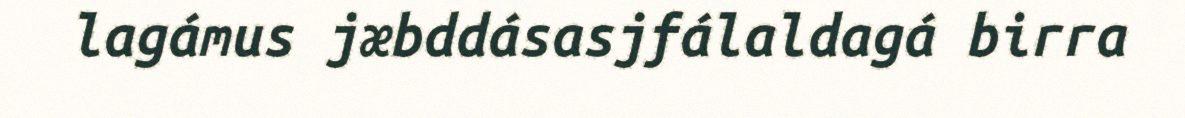
lagámus jæbddásasjfálaldagá birra